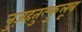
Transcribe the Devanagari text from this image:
नुज़हतुल्कुलूब